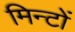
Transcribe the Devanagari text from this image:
मिन्टों